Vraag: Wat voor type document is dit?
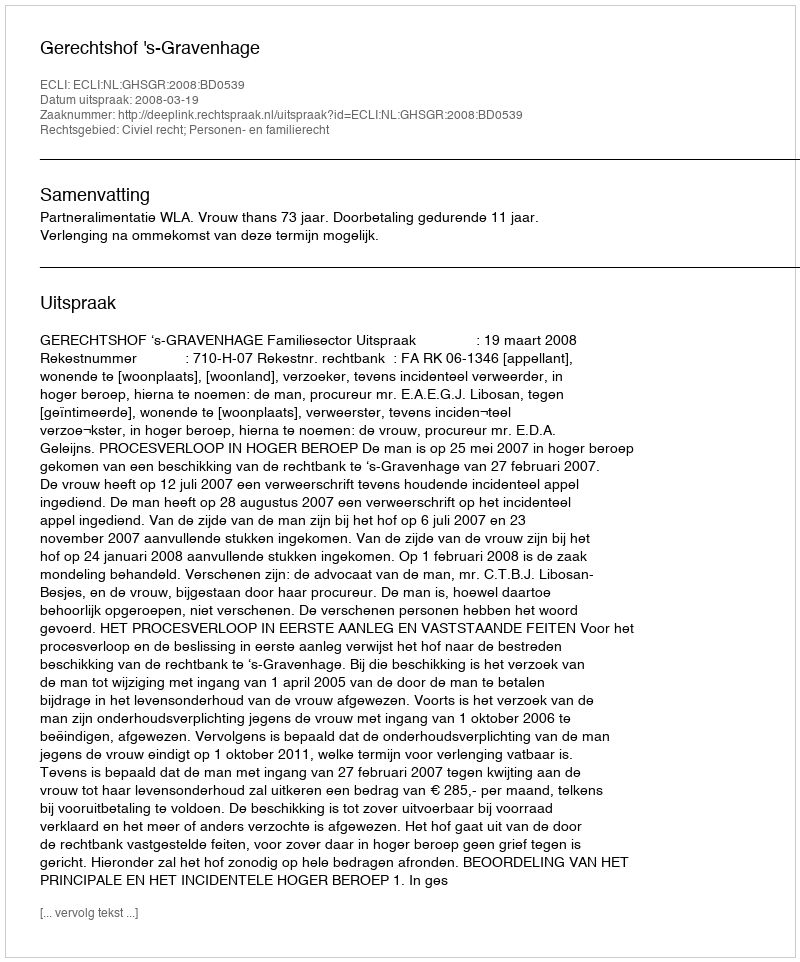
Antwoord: Uitspraak